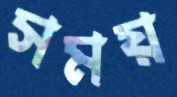
সময়